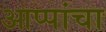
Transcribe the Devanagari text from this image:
आप्पांचा